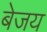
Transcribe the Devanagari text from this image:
बेजय